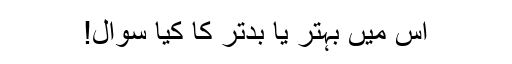
اس میں بہتر یا بدتر کا کیا سوال!